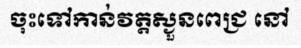
ចុះទៅកាន់វត្តស្ងួនពេជ្រ នៅ